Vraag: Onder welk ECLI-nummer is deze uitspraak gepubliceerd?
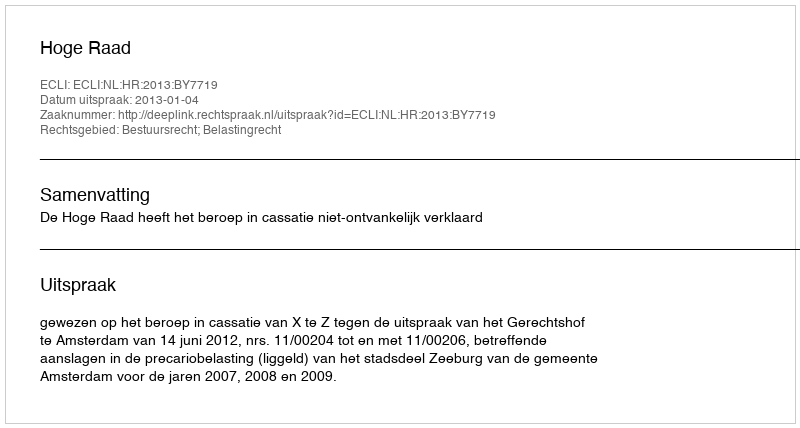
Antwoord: ECLI:NL:HR:2013:BY7719